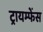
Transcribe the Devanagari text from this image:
ट्रायम्फेंस